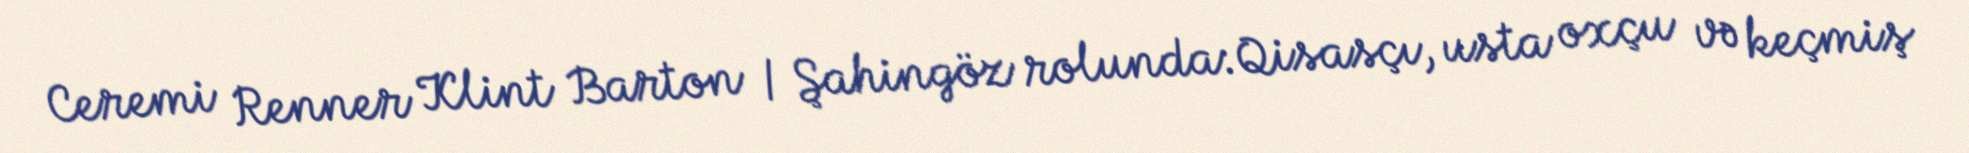
Ceremi Renner Klint Barton / Şahingöz rolunda:Qisasçı, usta oxçu və keçmiş